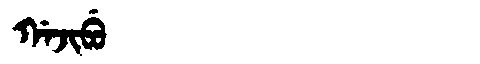
Manchu: ᡤᠠᠵᡳᠪᡠ
Romanization: GAJIBU